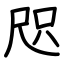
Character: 咫